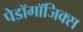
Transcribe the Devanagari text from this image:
पेडॉगॉजिक्स